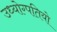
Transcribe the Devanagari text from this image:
उध्योग्पतियो